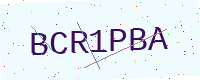
Text: BCR1PBA